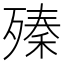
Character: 殝